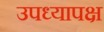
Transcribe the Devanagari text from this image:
उपध्यापक्ष